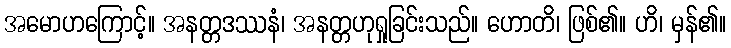
အမောဟကြောင့်။ အနတ္တဒဿနံ၊ အနတ္တဟုရှုခြင်းသည်။ ဟောတိ၊ ဖြစ်၏။ ဟိ၊ မှန်၏။